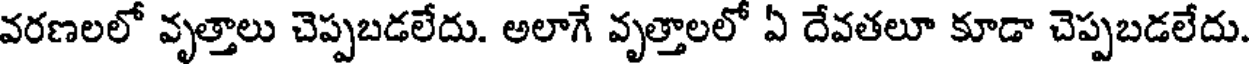
వరణలలో వృత్తాలు చెప్పబడలేదు. అలాగే వృత్తాలలో ఏ దేవతలూ కూడా చెప్పబడలేదు.